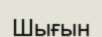
Шығын